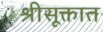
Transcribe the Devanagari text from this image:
श्रीसूक्तात